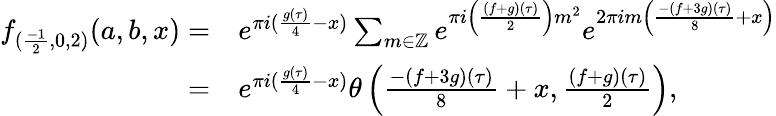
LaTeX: \begin{array}{rl}{f_{(\frac{-1}{2},0,2)}(a,b,x)=}&{e^{\pi i(\frac{g(\tau)}{4}-x)}\sum_{m\in\mathbb{Z}}e^{\pi i\left(\frac{(f+g)(\tau)}{2}\right)m^{2}}e^{2\pi im\left(\frac{-(f+3g)(\tau)}{8}+x\right)}}\\ {=}&{e^{\pi i(\frac{g(\tau)}{4}-x)}\theta\left(\frac{-(f+3g)(\tau)}{8}+x,\frac{(f+g)(\tau)}{2}\right),}\end{array}